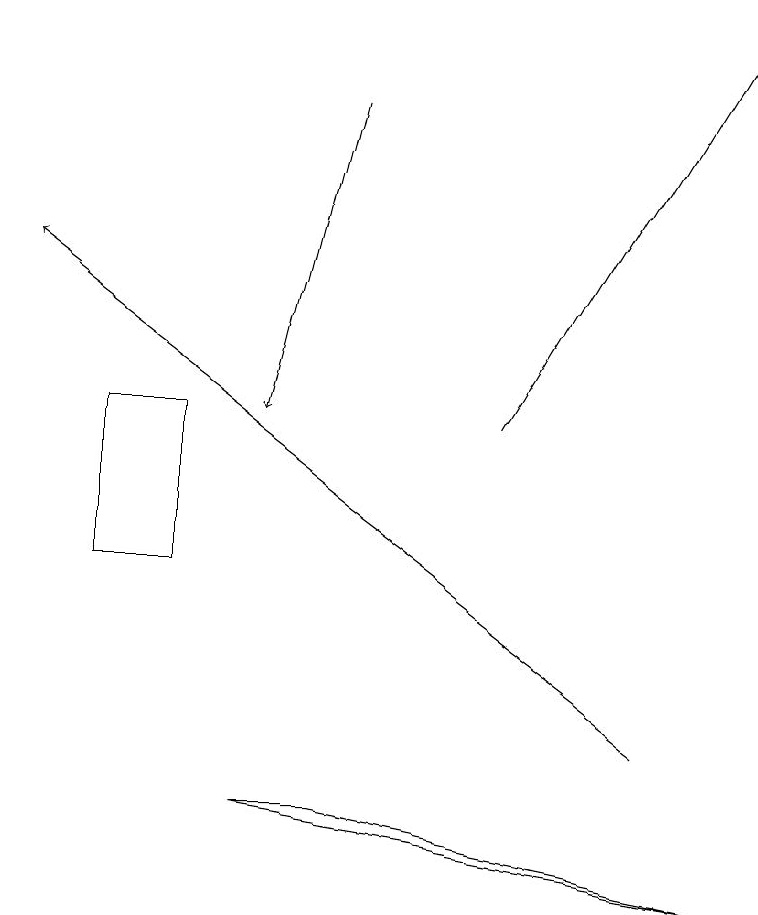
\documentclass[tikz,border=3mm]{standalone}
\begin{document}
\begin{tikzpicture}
\draw[->] (6,14) -- (9,19);
\draw (1,12) rectangle (2,14);
\draw[->] (8,10) -- (0,16);
\draw (3,9) -- (9,8) -- (4,9) -- cycle;
\draw[->] (4,18) -- (3,14);
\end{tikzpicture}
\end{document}